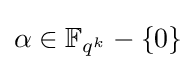
\alpha \in \mathbb {F} _{q^{k}}-\{0\}